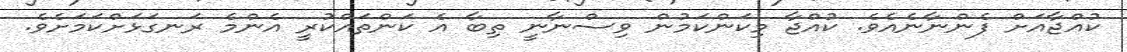
ކުއްޖާއަށް ފެންނާނެއެވެ. ކުއްޖާ މިކަންކަމުން ވިސްނާނީ ތިބާ އެ ކަންތައްކުރީ އެންމެ ރަނގަޅަށްކަމަށެވެ.